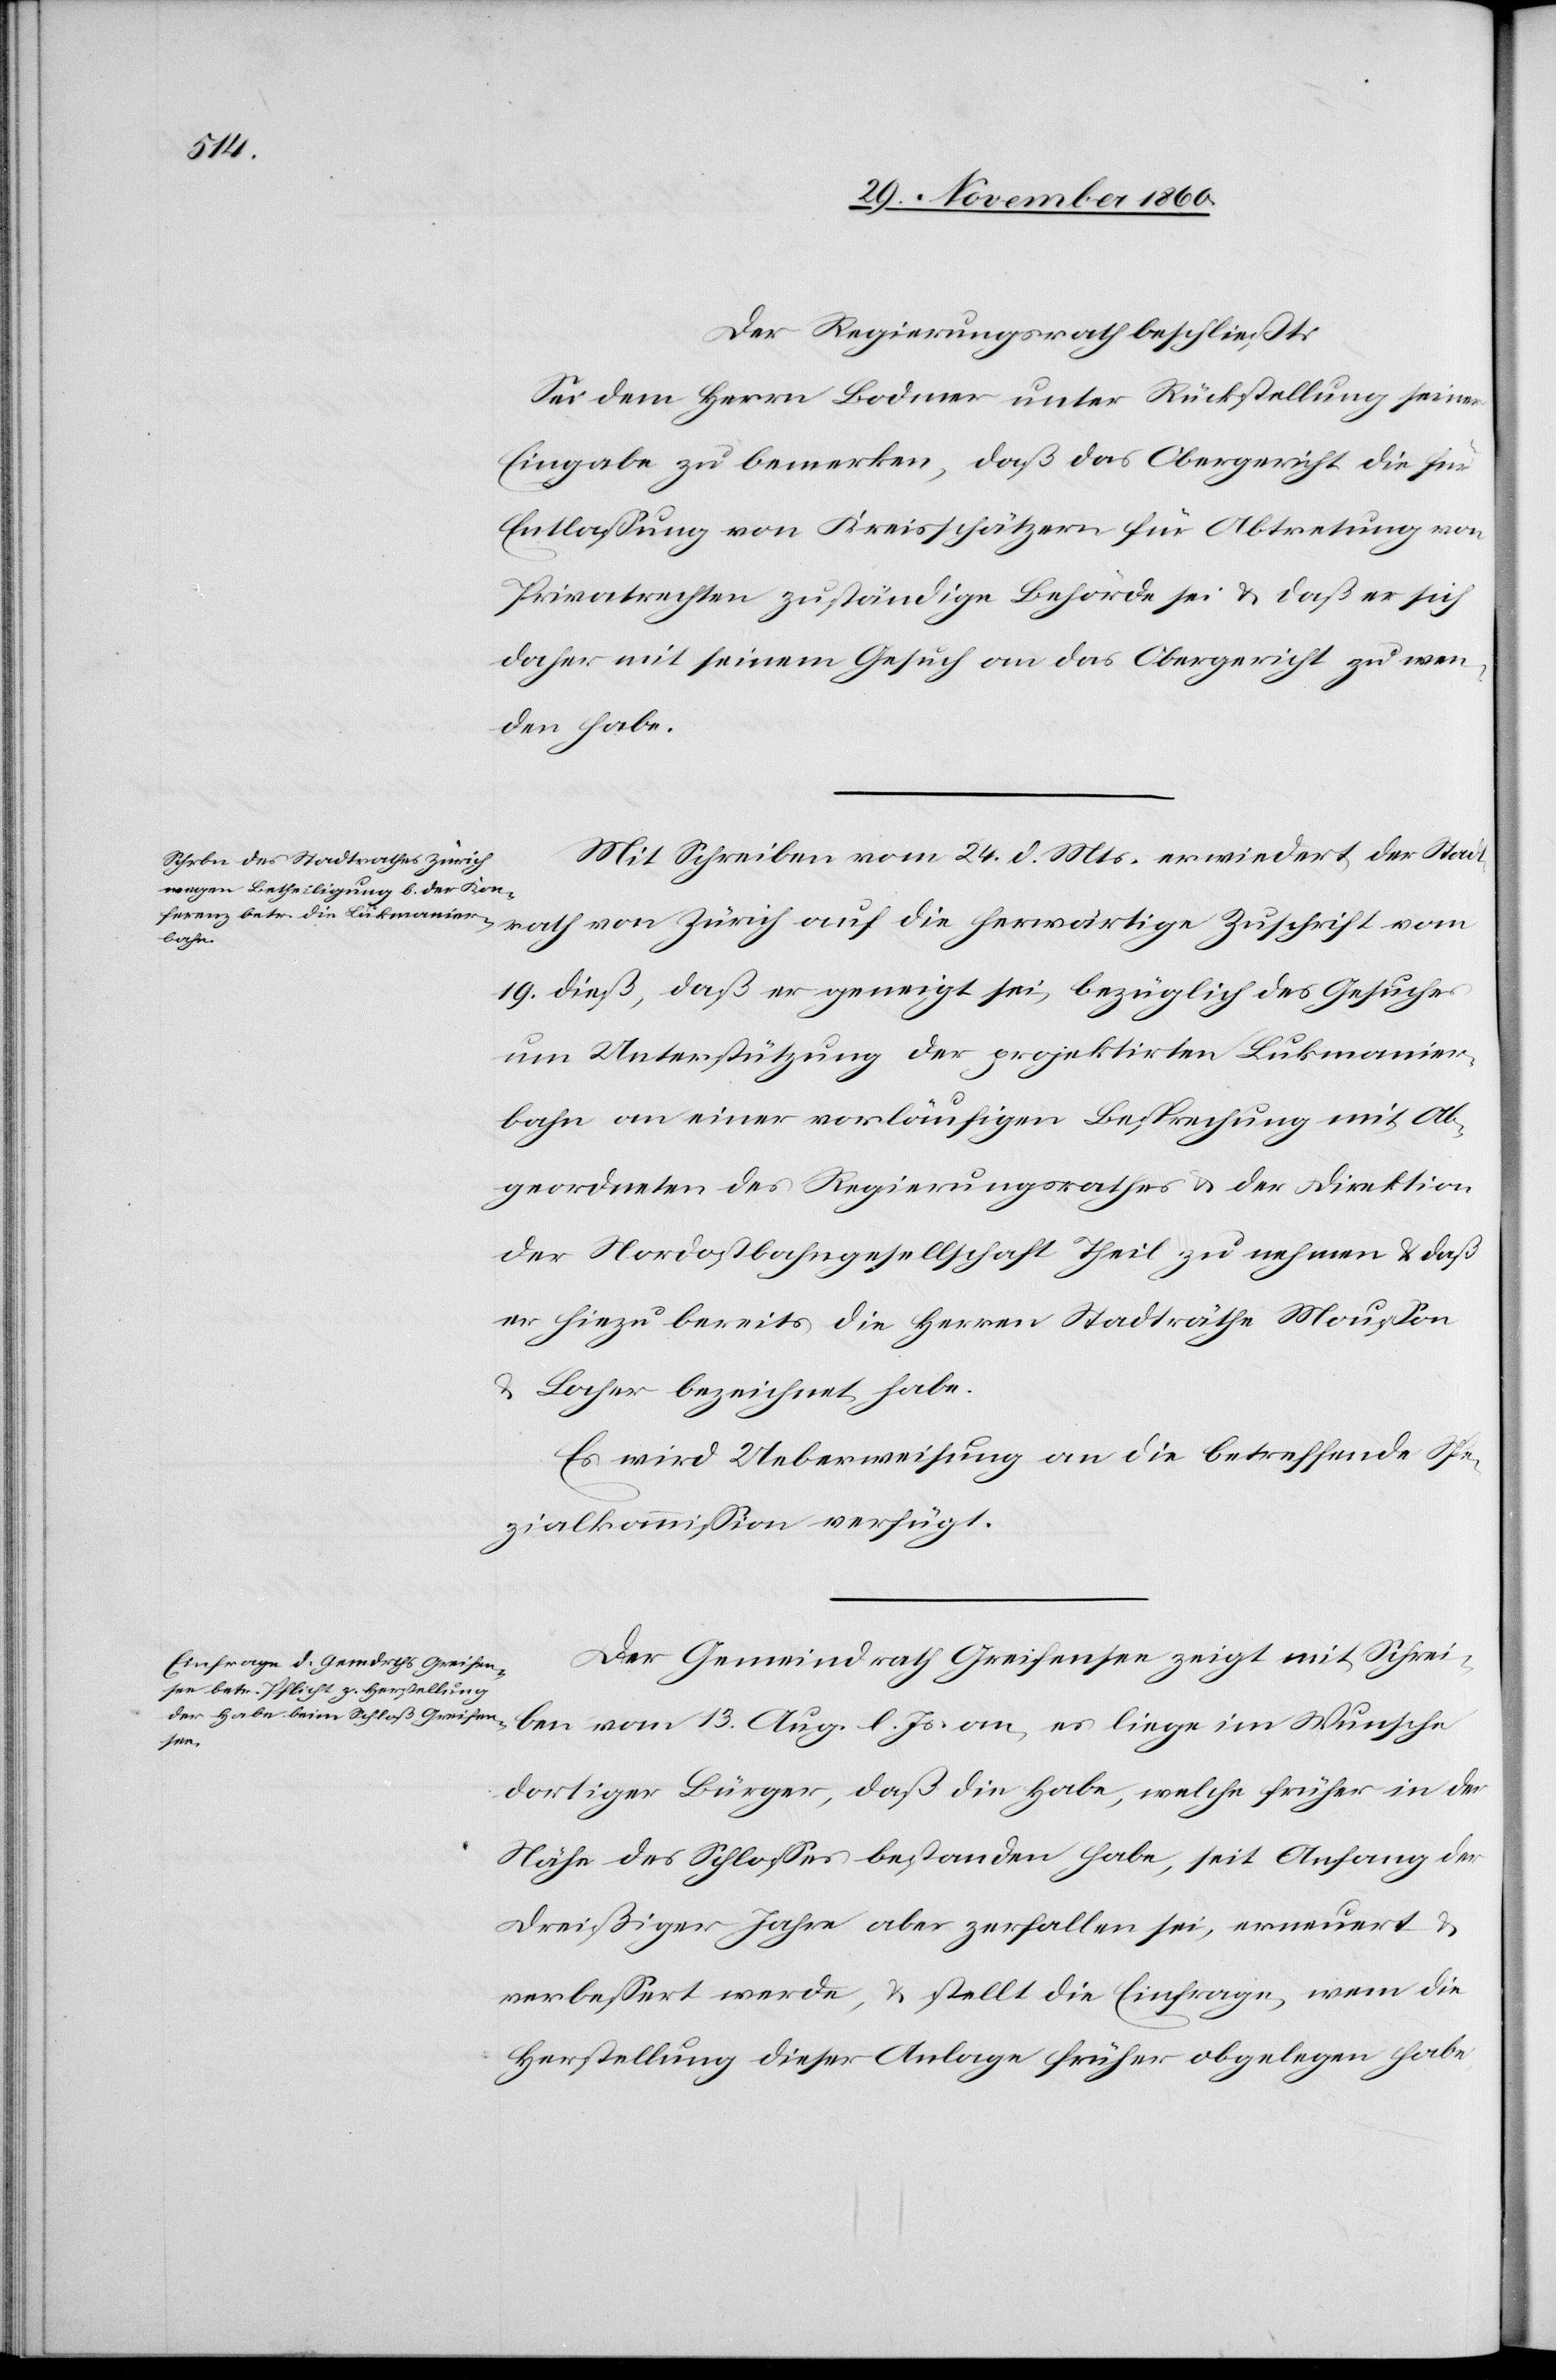
Der Regierungsrath beschließt:
Sei dem Herrn Bodmer unter Rückstellung seiner
Eingabe zu bemerken, daß das Obergericht die für
Entlassung von Kreisschätzern für Abtretung von
Privatrechten zuständige Behörde sei u. daß er sich
daher mit seinem Gesuch an das Obergericht zu wen¬
den habe.
Mit Schreiben vom 24. d. Mts. erwiedert der Stad¬
vom
19. dieß, daß er geneigt sei, bezüglich des Gesuches
um Unterstützung der projektirten Lukmanier¬
bahn an einer vorläufigen Besprechung mit Ab¬
geordneten des Regierungsrathes u. der Direktion
der Nordostbahngesellschaft Theil zu nehmen u. daß
er hiezu bereits die Herren Stadträthe Mousson
u. Locher bezeichnet habe.
Es wird Ueberweisung an die betreffende Spe¬
zialkommission verfügt.
Der Gemeindrath Greifensee zeigt mit Schrei¬
ben vom 13. Aug. l. Js. an, es liege im Wunsche
dortiger Bürger, daß die Habe, welche früher in der
Nähe des Schlosses bestanden habe, seit Anfang der
Dreißiger Jahre aber zerfallen sei, erneuert u.
verbessert werde, u. stellt die Einfrage, wem die
Herstellung dieser Anlage früher obgelegen habe